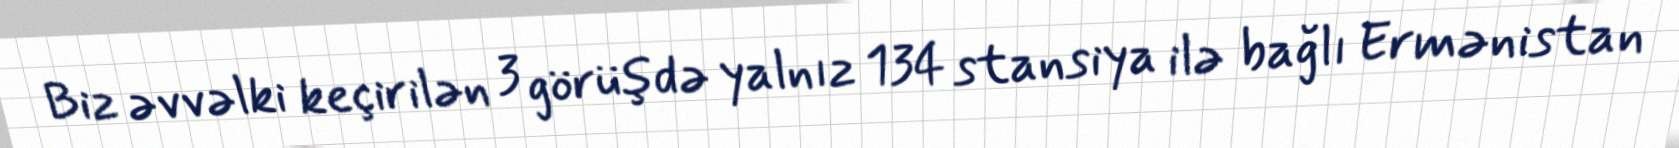
Biz əvvəlki keçirilən 3 görüşdə yalnız 134 stansiya ilə bağlı Ermənistan